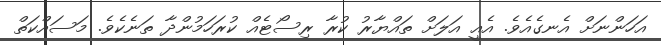
އަހަންނަށް އެނގެއެވެ. އެއީ އަލަށް ތައްޔާރު ކުރާ ރިސޯޓެއް ކުރަހަމުންދާ ތަނެކެވެ. މަސައްކަތް